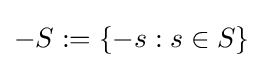
-S:=\{-s:s\in S\}